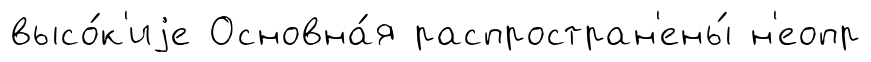
высо́к'иjе Основна́я распростран'ены́ н'еопр